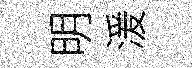
明湲